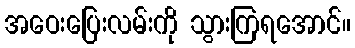
အဝေးပြေးလမ်းကို သွားကြရအောင်။